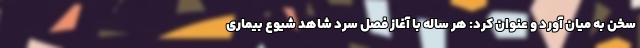
سخن به میان آورد و عنوان کرد: هر ساله با آغاز فصل سرد شاهد شیوع بیماری